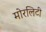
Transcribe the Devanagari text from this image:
मोरलिटी